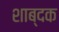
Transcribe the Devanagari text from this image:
शाब्दक